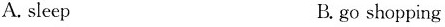
A.sleep B.go shopping